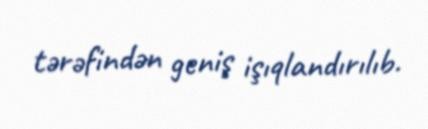
tərəfindən geniş işıqlandırılıb.